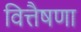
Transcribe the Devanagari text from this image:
वित्तैषणा